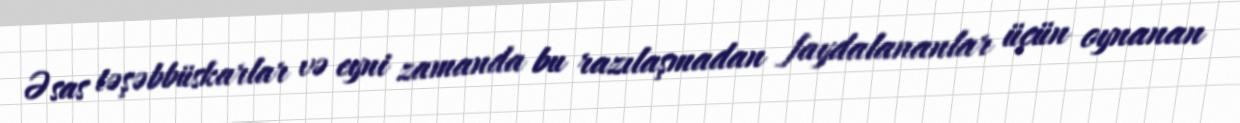
Əsas təşəbbüskarlar və eyni zamanda bu razılaşmadan faydalananlar üçün oynanan